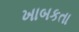
ખાબકતા